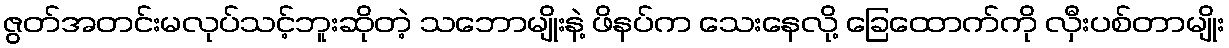
ဇွတ်အတင်းမလုပ်သင့်ဘူးဆိုတဲ့ သဘောမျိုးနဲ့ ဖိနပ်က သေးနေလို့ ခြေထောက်ကို လှီးပစ်တာမျိုး